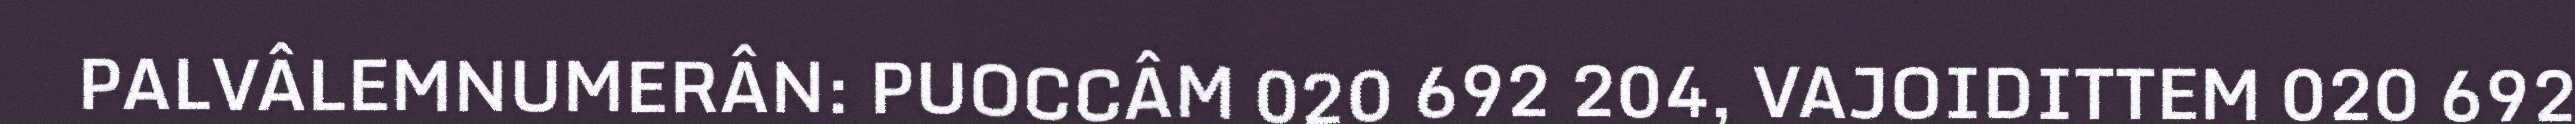
PALVÂLEMNUMERÂN: PUOCCÂM 020 692 204, VAJOIDITTEM 020 692